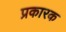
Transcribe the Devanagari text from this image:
प्रकारक